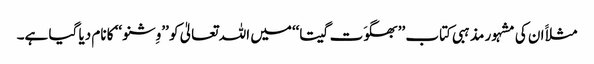
مثلاََ ان کی مشہور مذہبی کتاب ’’بھگوَت گیتا‘‘میں اللہ تعالیٰ کو ’’وِشنو ‘‘ کا نام دیا گیا ہے۔